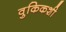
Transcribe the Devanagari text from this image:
वुकिकशी